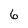
Character: 6